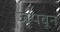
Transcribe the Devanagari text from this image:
जपवून